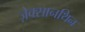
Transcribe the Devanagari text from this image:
ज़ेक्सानथिन